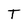
Character: T